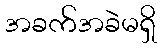
အခက်အခဲမရှိ